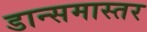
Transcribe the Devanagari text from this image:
डान्समास्तर